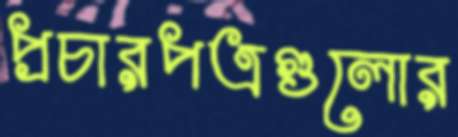
প্রচারপত্রগুলোর